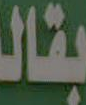
بقالة